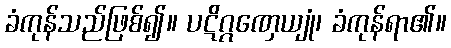
ခံကုန်သည်ဖြစ်၍။ ပဋိဂ္ဂဏှေယျုံ၊ ခံကုန်ရာ၏။